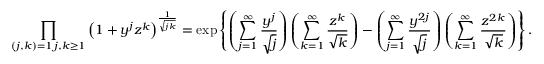
\prod _ { \substack { ( j , k ) = 1 \, j , k \geq 1 } } \left( 1 + y ^ { j } z ^ { k } \right) ^ { \frac { 1 } { \sqrt { j k } } } = \exp \left\{ \left( \sum _ { j = 1 } ^ { \infty } \frac { y ^ { j } } { \sqrt { j } } \right) \left( \sum _ { k = 1 } ^ { \infty } \frac { z ^ { k } } { \sqrt { k } } \right) - \left( \sum _ { j = 1 } ^ { \infty } \frac { y ^ { 2 j } } { \sqrt { j } } \right) \left( \sum _ { k = 1 } ^ { \infty } \frac { z ^ { 2 k } } { \sqrt { k } } \right) \right\} .